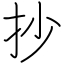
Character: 抄